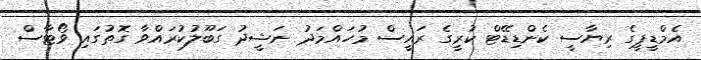
އެމްޑީޕީގެ ރިޔާސީ ކެންޑިޑޭޓް ކުރީގެ ރައީސް މުހައްމަދު ނަޝީދު ގަބޫލުކުރައްވާ ގޮތުގައި ވޯޓާސް